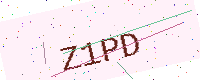
Text: Z1PD